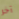
آخر